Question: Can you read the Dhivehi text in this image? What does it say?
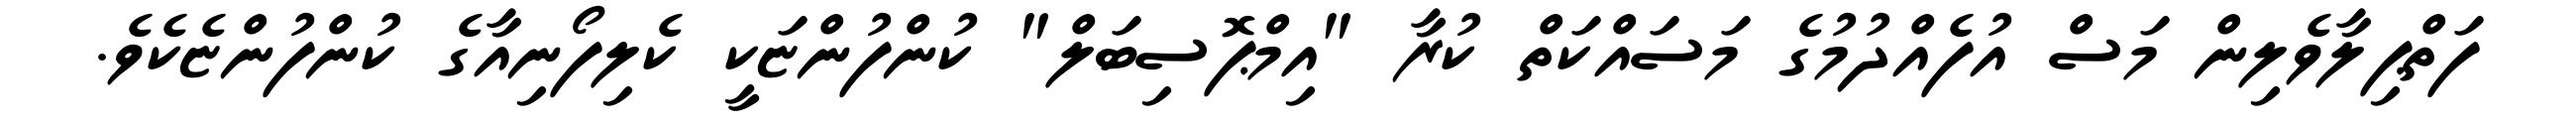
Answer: ފަތްޕިލާވެލިން މަސް އުފެއްދުމުގެ މަސައްކަތް ކުރާ "އިމްޕޮސިބަލް" ކުންފުންޏަކީ ކެލިފޯނިއާގެ ކުންފުންޏެކެވެ.